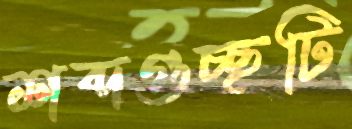
শব্দগুচ্ছটি